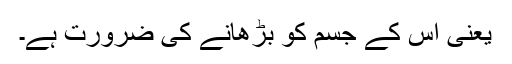
یعنی اس کے جسم کو بڑھانے کی ضرورت ہے۔